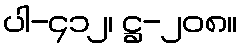
ပါ-၄၁၂၊ ဋ္ဌ-၂၀၈။